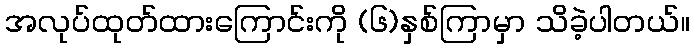
အလုပ်ထုတ်ထားကြောင်းကို (၆)နှစ်ကြာမှာ သိခဲ့ပါတယ်။